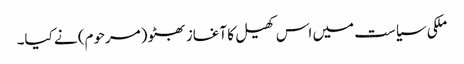
ملکی سیاست میں اس کھیل کا آغاز بھٹو (مرحوم) نے کیا۔